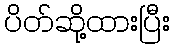
ပိတ်ဆို့ထားပြီး